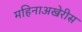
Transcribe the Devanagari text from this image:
महिनाअखेरीस